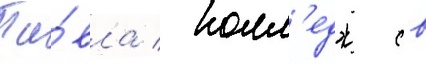
Па́вла / колл'едж св